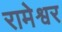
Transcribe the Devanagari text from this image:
रामेश्वर